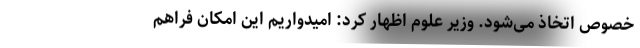
خصوص اتخاذ می‌شود. وزیر علوم اظهار کرد: امیدواریم این امکان فراهم